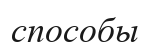
способы